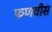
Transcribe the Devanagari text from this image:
फणवीस